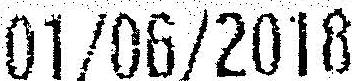
01/06/2018